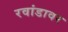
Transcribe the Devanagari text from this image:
रवांडावर